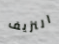
النزيف